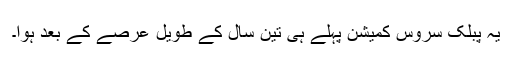
یہ پبلک سروس کمیشن پہلے ہی تین سال کے طویل عرصے کے بعد ہوا۔